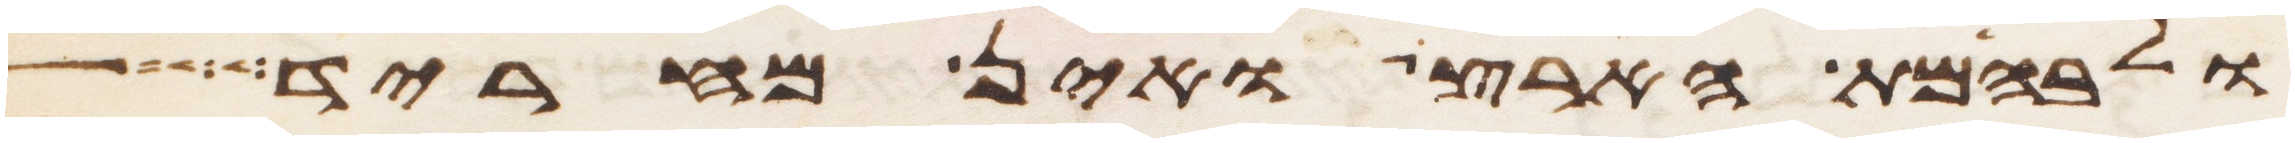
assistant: ולבהמת הארץ ואין מחריד